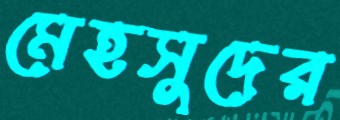
মেহসুদের